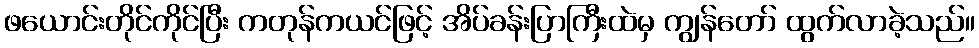
ဖယောင်းတိုင်ကိုင်ပြီး ကတုန်ကယင်ဖြင့် အိပ်ခန်းပြာကြီးထဲမှ ကျွန်တော် ထွက်လာခဲ့သည်။